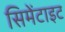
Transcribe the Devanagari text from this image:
सिमेंटाइट